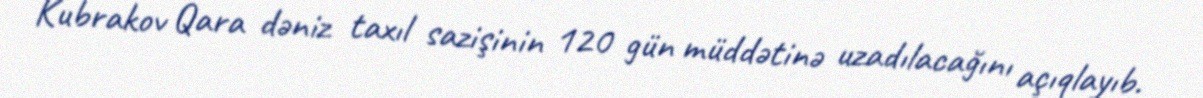
Kubrakov Qara dəniz taxıl sazişinin 120 gün müddətinə uzadılacağını açıqlayıb.